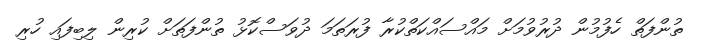
ތުންފަތް ހެފުމުން ދުރުވުމަށް މައްސައްކަތްކުރާ ފުރަތަމަ ދުވަސްކޮޅު ތުންފަތަށް ކުރިން ލިބިފައި ހުރި